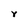
Character: Y